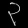
Digit: ၃